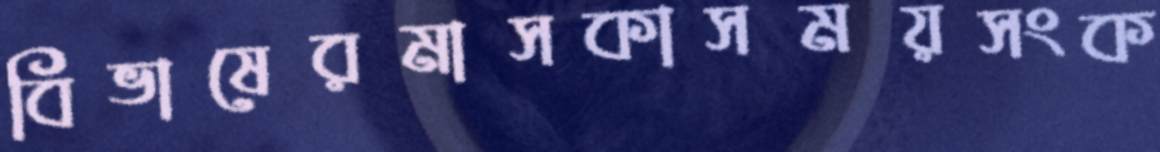
বিভাষেরমাসকাসময়সংক